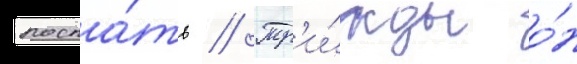
поспа́ть // Тр'и́жды о́н